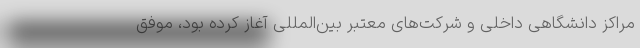
مراکز دانشگاهی داخلی و شرکت‌های معتبر بین‌المللی آغاز کرده بود، موفق